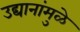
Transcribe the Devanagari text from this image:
उद्यानांमुळे